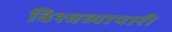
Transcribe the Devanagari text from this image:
विश्वव्यापारी